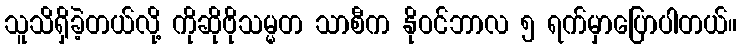
သူသိရှိခဲ့တယ်လို့ ကိုဆိုဗိုသမ္မတ သာစီက နိုဝင်ဘာလ ၅ ရက်မှာပြောပါတယ်။